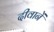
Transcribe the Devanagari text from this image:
दीवानें